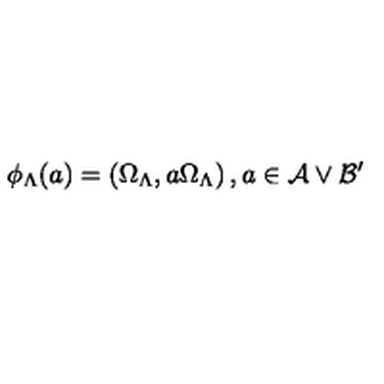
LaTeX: \phi _ { \Lambda } ( a ) = \left( \Omega _ { \Lambda } , a \Omega _ { \Lambda } \right) , a \in \mathcal { A } \vee \mathcal { B } ^ { \prime }